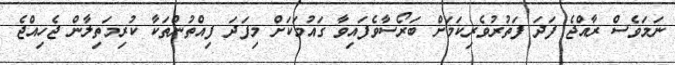
ނަމަވެސް ރާއްޖެ ފަދަ ފަތުރުވެރިކަމަށް ބަރޯސާވެފައިވާ ގައުމަކަށް މިފަދަ ފިއްތުންތަކާ ކުރިމަތިލާން ޖެހިއްޖެ